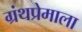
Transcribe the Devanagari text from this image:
ग्रंथप्रेमाला